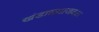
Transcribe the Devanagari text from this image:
खंडाळ्याजवळ